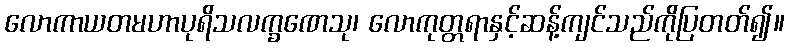
လောကာယတမဟာပုရိသလက္ခဏေသု၊ လောကုတ္တရာနှင့်ဆန့်ကျင်သည်ကိုပြတတ်၍။